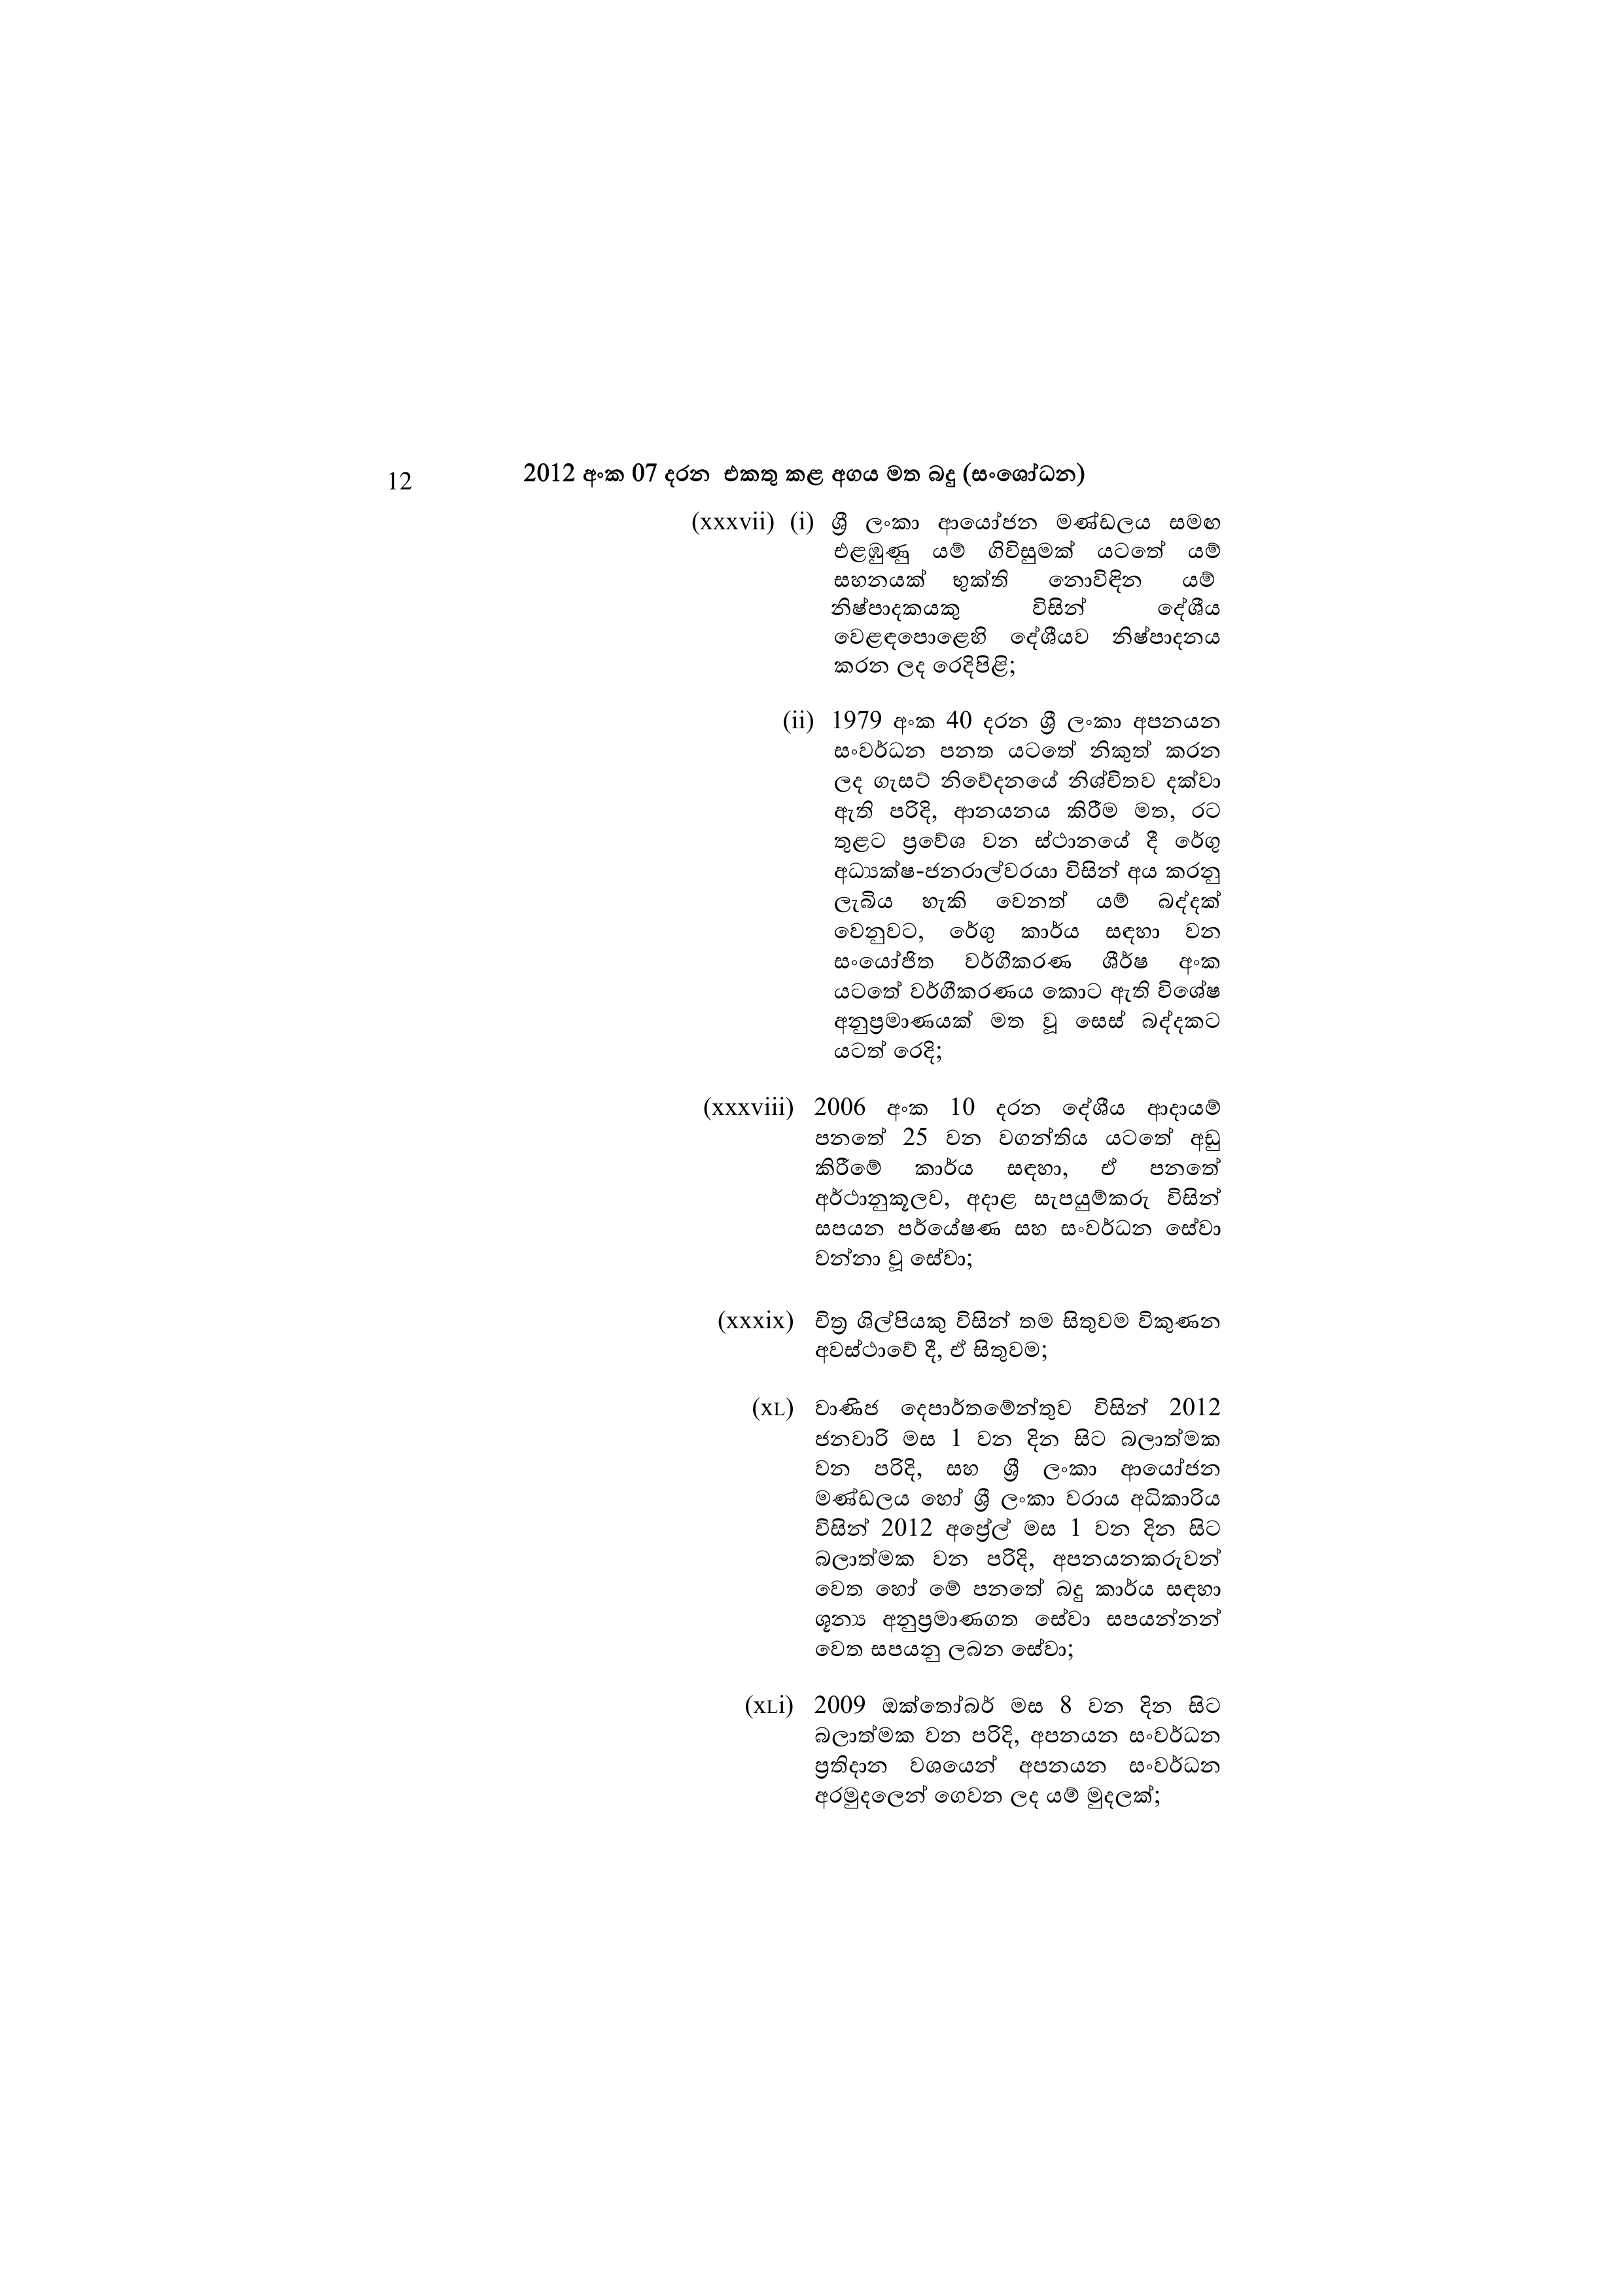
12 2012 අංක 07 දරන එකතු කළ අගය මත බදු (සංශෝධන)

(xxxvii) (i) ශ්‍රී ලංකා ආයෝජන මණ්ඩලය සමඟ
එළඹුණු යම් ගිවිසුමක් යටතේ යම්
සහනයක් භුක්ති නොවිඳින යම්
නිෂ්පාදකයකු විසින් දේශීය
වෙළඳපොළෙහි දේශීයව නිෂ්පාදනය
කරන ලද රෙදිපිළි;

(ii) 1979 අංක 40 දරන ශ්‍රී ලංකා අපනයන
සංවර්ධන පනත යටතේ නිකුත් කරන
ලද ගැසට් නිවේදනයේ නිශ්චිතව දක්වා
ඇති පරිදි, ආනයනය කිරීම මත, රට
තුළට ප්‍රවේශ වන ස්ථානයේ දී රේගු
අධ්‍යක්ෂ-ජනරාල්වරයා විසින් අය කරනු
ලැබිය හැකි වෙනත් යම් බද්දක්
වෙනුවට, රේගු කාර්ය සඳහා වන
සංයෝජිත වර්ගීකරණ ශීර්ෂ අංක
යටතේ වර්ගීකරණය කොට ඇති විශේෂ
අනුප්‍රමාණයක් මත වූ සෙස් බද්දකට
යටත් රෙදි;

(xxxviii) 2006 අංක 10 දරන දේශීය ආදායම්
පනතේ 25 වන වගන්තිය යටතේ අඩු
කිරීමේ කාර්ය සඳහා, ඒ පනතේ
අර්ථානුකූලව, අදාළ සැපයුම්කරු විසින්
සපයන පර්යේෂණ සහ සංවර්ධන සේවා
වන්නා වූ සේවා;

(xxxix) චිත්‍ර ශිල්පියකු විසින් තම සිතුවම විකුණන
අවස්ථාවේ දී, ඒ සිතුවම;

(xL) වාණිජ දෙපාර්තමේන්තුව විසින් 2012
ජනවාරි මස 1 වන දින සිට බලාත්මක
වන පරිදි, සහ ශ්‍රී ලංකා ආයෝජන
මණ්ඩලය හෝ ශ්‍රී ලංකා වරාය අධිකාරිය
විසින් 2012 අප්‍රේල් මස 1 වන දින සිට
බලාත්මක වන පරිදි, අපනයනකරුවන්
වෙත හෝ මේ පනතේ බදු කාර්ය සඳහා
ශූන්‍ය අනුප්‍රමාණගත සේවා සපයන්නන්
වෙත සපයනු ලබන සේවා;

(xLi) 2009 ඔක්තෝබර් මස 8 වන දින සිට
බලාත්මක වන පරිදි, අපනයන සංවර්ධන
ප්‍රතිදාන වශයෙන් අපනයන සංවර්ධන
අරමුදලෙන් ගෙවන ලද යම් මුදලක්;